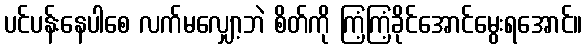
ပင်ပန်းနေပါစေ လက်မလျှော့ဘဲ စိတ်ကို ကြံ့ကြံ့ခိုင်အောင်မွေးရအောင်။